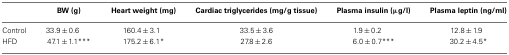
|  | BW (g) | Heart weight (mg) | Cardiac triglycerides (mg/g tissue) | Plasma insulin (μg/l) | Plasma leptin (ng/ml) |
 | --- | --- | --- | --- | --- | --- |
 | Control | 33.9 ± 0.6 | 160.4 ± 3.1 | 33.5 ± 3.6 | 1.9 ± 0.2 | 12.8 ± 1.9 |
 | HFD | 47.1 ± 1.1*** | 175.2 ± 6.1* | 27.8 ± 2.6 | 6.0 ± 0.7*** | 30.2 ± 4.5* |